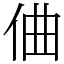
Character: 㑋